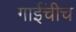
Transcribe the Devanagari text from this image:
गाईंचीच